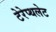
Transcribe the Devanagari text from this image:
टेरेप्थलेट